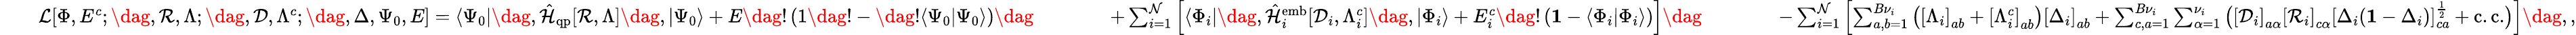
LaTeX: \begin{array}{rlrlrlr}&{}&{\mathcal{L}[{\Phi},E^{c};\dag,\mathcal{R},\Lambda;\dag,\mathcal{D},\Lambda^{c};\dag,\Delta,\Psi_{0},E]=\langle\Psi_{0}|\dag,\hat{\mathcal{H}}_{\mathrm{qp}}[\mathcal{R},\Lambda]\dag,|\Psi_{0}\rangle+E\dag!\left(1\dag!-\dag!\langle\Psi_{0}|\Psi_{0}\rangle\right)\dag}&{}&{\quad\quad+\sum_{i=1}^{\mathcal{N}}\left[\langle\Phi_{i}|\dag,\hat{\mathcal{H}}_{i}^{\mathrm{emb}}[\mathcal{D}_{i},\Lambda_{i}^{c}]\dag,|\Phi_{i}\rangle+E_{i}^{c}\dag!\left(\mathbf{1}-\langle\Phi_{i}|\Phi_{i}\rangle\right)\right]\dag}&{}&{\quad\quad-\sum_{i=1}^{\mathcal{N}}\left[\sum_{a,b=1}^{B{\nu}_{i}}\big(\left[\Lambda_{i}\right]_{ab}+\left[\Lambda_{i}^{c}\right]_{ab}\big)\left[\Delta_{i}\right]_{ab}+\sum_{c,a=1}^{B{\nu}_{i}}\sum_{\alpha=1}^{\nu_{i}}\big(\left[\mathcal{D}_{i}\right]_{a\alpha}\left[\mathcal{R}_{i}\right]_{c\alpha}\left[\Delta_{i}(\mathbf{1}-\Delta_{i})\right]_{ca}^{\frac{1}{2}}+\mathrm{c.c.}\big)\right]\dag,,}\end{array}